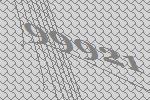
99921